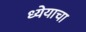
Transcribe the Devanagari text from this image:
ध्येयाचा